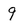
Character: 9